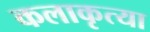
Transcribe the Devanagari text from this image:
कलाकृत्या